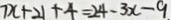
7 x + 2 1 + 4 = 2 4 - 3 x - 9